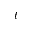
t